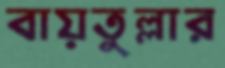
বায়তুল্লার